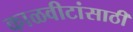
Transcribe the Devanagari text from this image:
काळवीटांसाठी